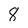
Character: 8